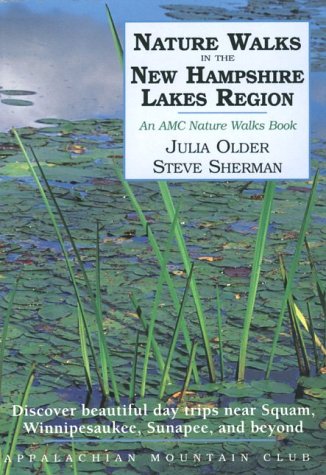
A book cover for Nature Walks in the New Hampshire Lakes Region: Discover Beautiful Day Trips nea Squam, Winnipesaukee, Sunapee, and Beyond; Julia Older; Travel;